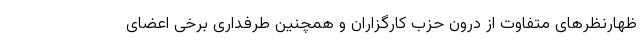
ظهارنظرهای متفاوت از درون حزب کارگزاران و همچنین طرفداری برخی اعضای